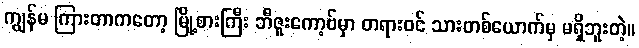
ကျွန်မ ကြားတာကတော့ မြို့စားကြီး ဘီဇူးကော့ဗ်မှာ တရားဝင် သားတစ်ယောက်မှ မရှိဘူးတဲ့။